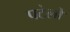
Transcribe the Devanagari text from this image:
पटेलों